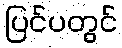
ပြင်ပတွင်